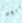
برود